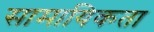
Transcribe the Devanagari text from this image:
सामायिकता